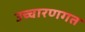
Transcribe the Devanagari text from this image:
उच्‍चारणगत